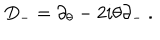
LaTeX: D _ { - } = \partial _ { \theta } - 2 i \theta \partial _ { - } \ .